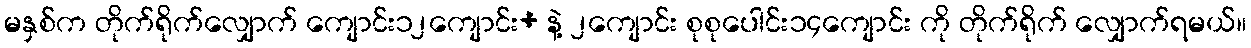
မနှစ်က တိုက်ရိုက်လျှောက် ကျောင်း၁၂ကျောင်း+ နဲ့ ၂ကျောင်း စုစုပေါင်း၁၄ကျောင်း ကို တိုက်ရိုက် လျှောက်ရမယ်။